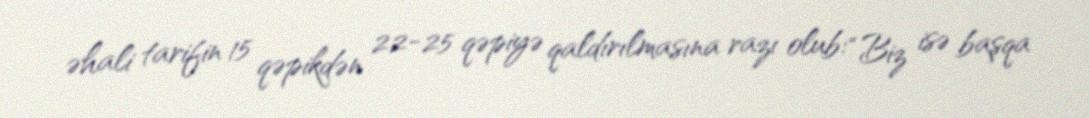
əhali tarifin 15 qəpikdən 22-25 qəpiyə qaldırılmasına razı olub: “Biz isə başqa